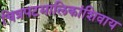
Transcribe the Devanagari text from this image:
चित्रपटमालिकांशिवाय